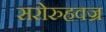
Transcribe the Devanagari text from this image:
सरोरुहवज्र